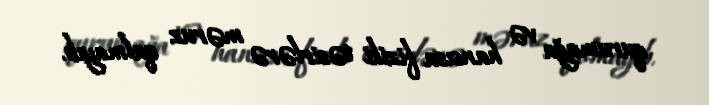
qurumağa və hansısa fiziki təsirlərə məruz qalmayıb.